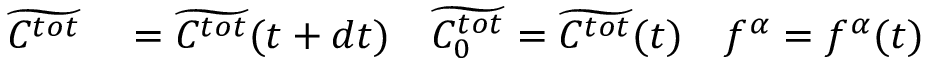
\begin{array} { r l } { \widetilde { C ^ { t o t } } } & { { } = \widetilde { C ^ { t o t } } ( t + d t ) \quad \widetilde { C _ { 0 } ^ { t o t } } = \widetilde { C ^ { t o t } } ( t ) \quad f ^ { \alpha } = f ^ { \alpha } ( t ) } \end{array}